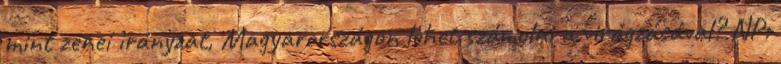
mint zenei irányzat, Magyarországon lehet számolni a virágzásával? NP: